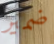
ضمير